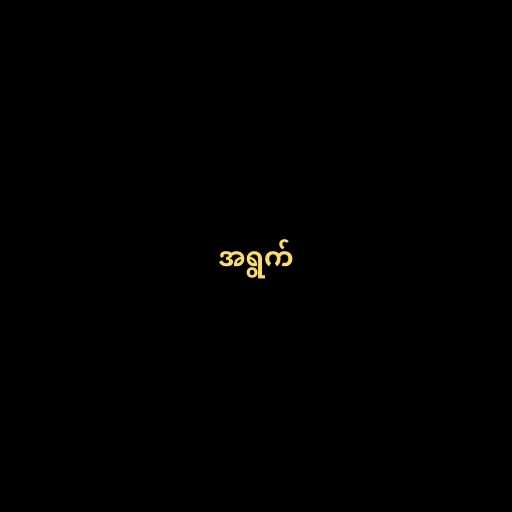
အရွက်